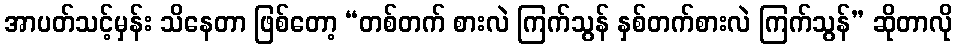
အာပတ်သင့်မှန်း သိနေတာ ဖြစ်တော့ “တစ်တက် စားလဲ ကြက်သွန် နှစ်တက်စားလဲ ကြက်သွန်” ဆိုတာလို